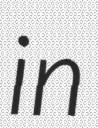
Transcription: in